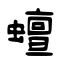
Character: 蟺